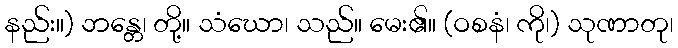
နည်း။) ဘန္တေ၊ တို့။ သံဃော၊ သည်။ မေး၏။ (ဝစနံ၊ ကို၊) သုဏာတု၊